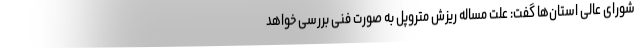
شورای عالی استان‌ها گفت: علت مساله ریزش متروپل به صورت فنی بررسی خواهد